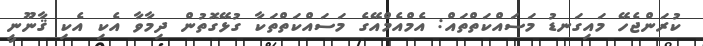
ކުރަންޖެހޭ މައިގަނޑު މަސައްކަތްތައް: އެމްއެމްއޭގެ މަސައްކަތްތަކާ ގުޅޭގޮތުން ދިމާވާ އެކި އެކި ޤާނޫނީ